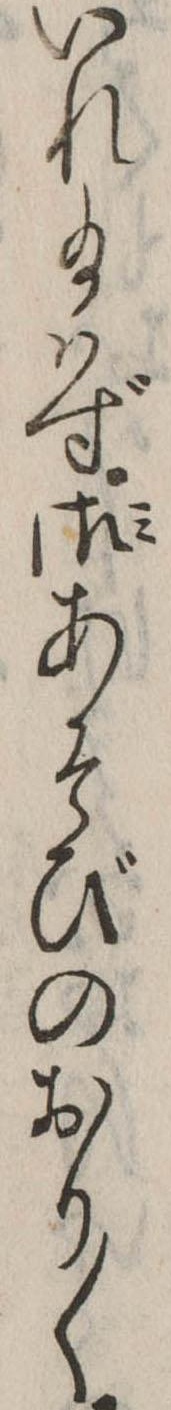
いれ給はず御あそびのおり〱